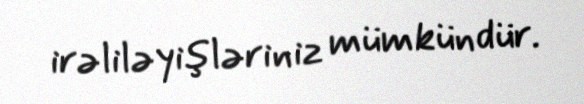
irəliləyişləriniz mümkündür.